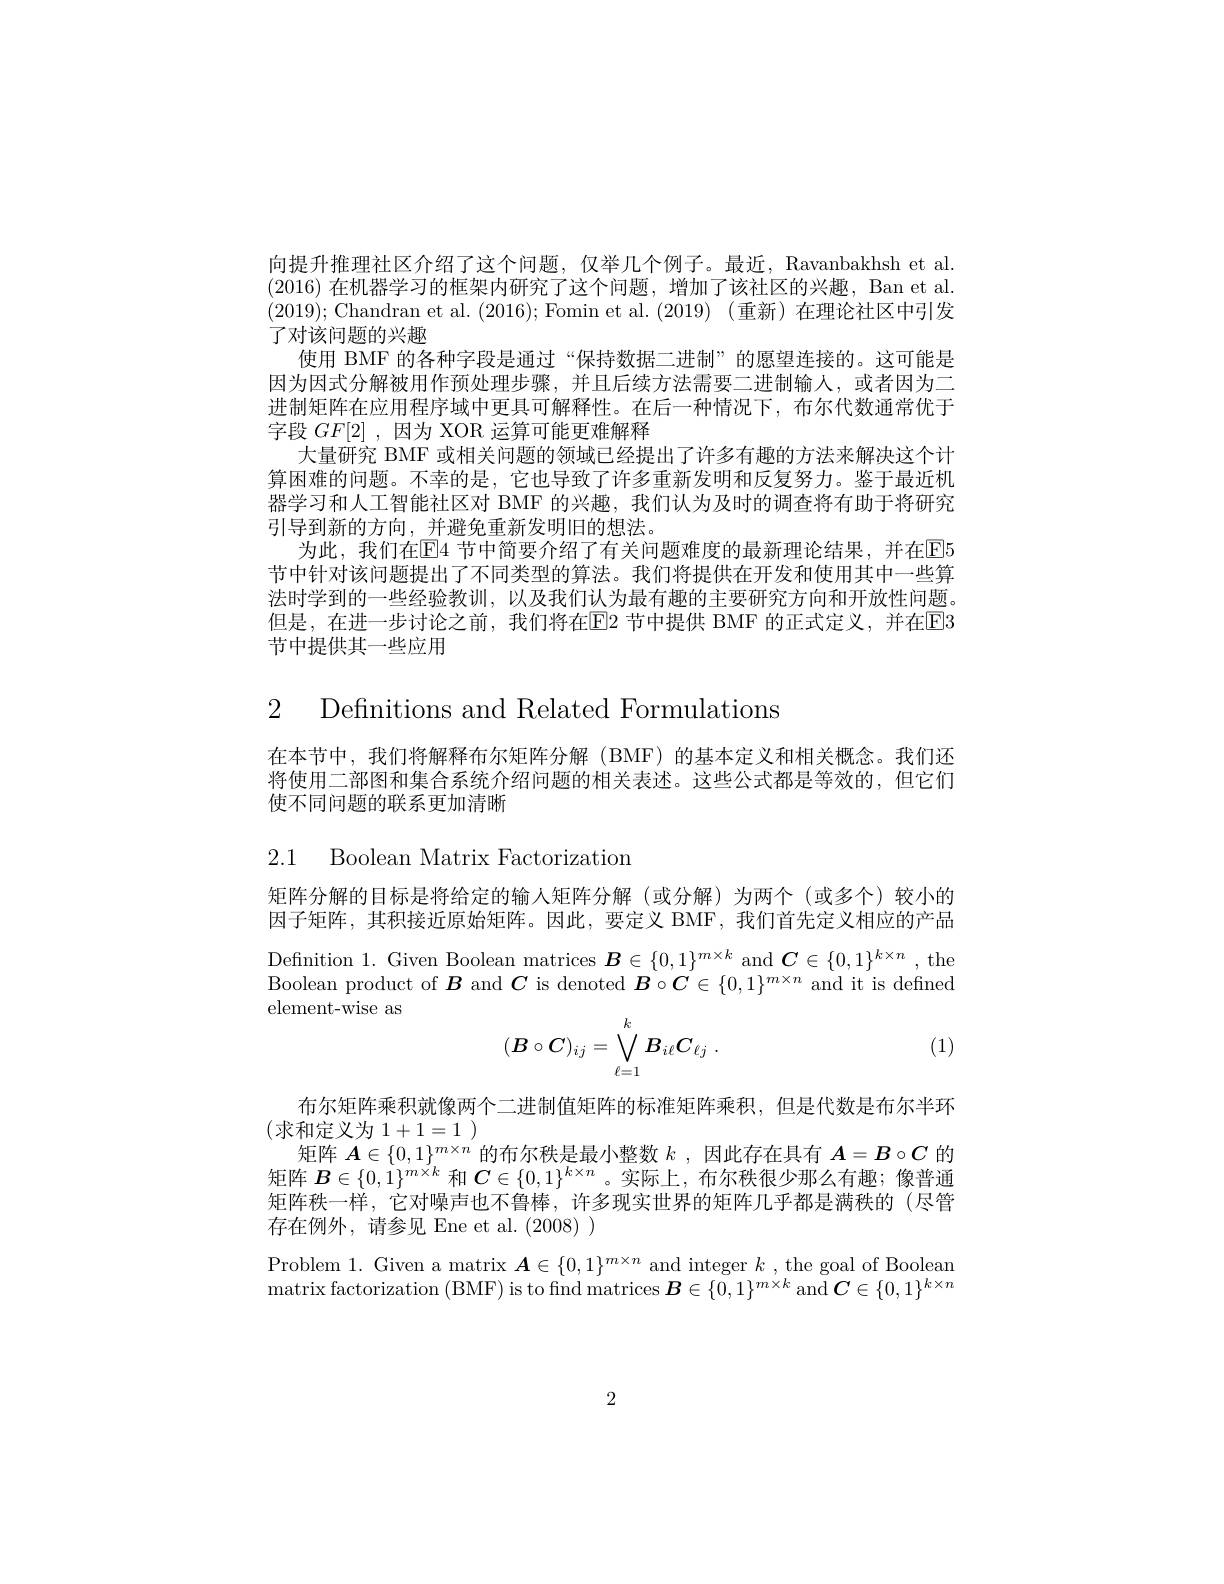
向提升推理社区介绍了这个问题，仅举几个例子。最近，Ravanbakhsh et al. (2016)在机器学习的框架内研究了这个问题，增加了该社区的兴趣，Ban et al. (2019);Chandran et al.(2016);Fomin et al.(2019)(重新)在理论社区中引发了对该问题的兴趣
使用 BMF 的各种字段是通过“保持数据二进制”的愿望连接的。这可能是因为因式分解被用作预处理步骤，并且后续方法需要二进制输人，或者因为二进制矩阵在应用程序域中更具可解释性。在后一种情况下，布尔代数通常优于字段$GF[2]$,因为 XOR 运算可能更难解释
大量研究 BMF 或相关问题的领域已经提出了许多有趣的方法来解决这个计算困难的问题。不幸的是，它也导致了许多重新发明和反复努力。鉴于最近机器学习和人工智能社区对 BMF 的兴趣，我们认为及时的调查将有助于将研究引导到新的方向，并避免重新发明旧的想法。
为此，我们在$\mathbb{E}$4 节中简要介绍了有关问题难度的最新理论结果，并在$\mathbb{E}$5节中针对该问题提出了不同类型的算法。我们将提供在开发和使用其中一些算法时学到的一些经验教训，以及我们认为最有趣的主要研究方向和开放性问题。但是，在进一步讨论之前，我们将在E2 节中提供 BMF 的正式定义，并在E3节中提供其一些应用

2 Definitions and Related Formulations

在本节中，我们将解释布尔矩阵分解(BMF)的基本定义和相关概念。我们还将使用二部图和集合系统介绍问题的相关表述。这些公式都是等效的，但它们使不同问题的联系更加清晰

2.1 Boolean Matrix Factorization

矩阵分解的目标是将给定的输人矩阵分解(或分解)为两个(或多个)较小的因子矩阵，其积接近原始矩阵。因此，要定义 BMF,我们首先定义相应的产品$\begin{array}{l}{\mathrm{Definition~1.~Given~Boolean~matrices~}\boldsymbol{B}\in\{0,1\}^{m\times k}\mathrm{~and~}\boldsymbol{C}\in\{0,1\}^{k\times n},\mathrm{~the}}\\{\mathrm{Boolean~product~of~}\boldsymbol{B}\mathrm{~and~}\boldsymbol{C}\mathrm{~is~denoted~}\boldsymbol{B}\circ\boldsymbol{C}\in\{0,1\}^{m\times n}\mathrm{~and~it~is~defined}}\end{array}$ element-wise as
$$(B\circ C)_{ij}=\bigvee\limits_{\ell=1}^kB_{i\ell}C_{\ell j}\:.$$
(1)

布尔矩阵乘积就像两个二进制值矩阵的标准矩阵乘积，但是代数是布尔半环
(求和定义为1+1=1)
矩阵$\boldsymbol{A}\in\{0,1\}^{m\times n}$的布尔秩是最小整数$k$ ,因此存在具有$A=B\circ C$的矩阵$\boldsymbol{B}\in\{0,1\}^{m\times k}$和$\boldsymbol{C}\in\{0,1\}^{k\times n}$ 。实际上，布尔秩很少那么有趣；像普通矩阵秩一样，它对噪声也不鲁棒，许多现实世界的矩阵几乎都是满秩的(尽管存在例外，请参见 Ene et al. (2008) )
Problem 1. Given a matrix $\boldsymbol{A}\in\{0,1\}^{m\times n}$ and integer $k$ ,the goal of Boolean matrix factorization (BMF) is to find matrices $\boldsymbol{B}\in\{0,1\}^{m\times k}$ and $\boldsymbol C\in\{0,1\}^{k\times n}$

2